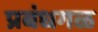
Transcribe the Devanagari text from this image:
प्रबंधगळ